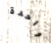
واحدة